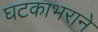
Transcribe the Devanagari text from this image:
घटकाभराने